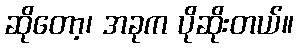
ဆိုတော့၊ အခုက ပိုဆိုးတယ်။